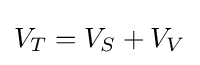
V_{T}=V_{S}+V_{V}